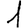
Digit: 1